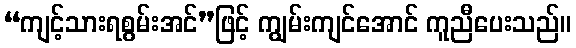
“ကျင့်သားရစွမ်းအင်”ဖြင့် ကျွမ်းကျင်အောင် ကူညီပေးသည်။